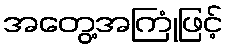
အတွေ့အကြုံဖြင့်